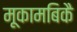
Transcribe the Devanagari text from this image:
मूकामबिकै